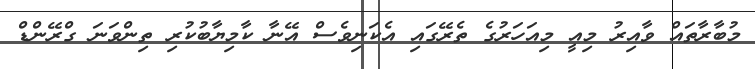
މުބާރާތައް ވާއިރު މިއީ މިއަހަރުގެ ތެރޭގައި އެކަނިވެސް އޭނާ ކާމިޔާބުކުރި ތިންވަނަ ގްރޭންޑް